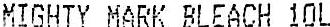
MIGHTY MARK BLEACH 10L